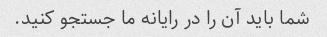
شما باید آن را در رایانه ما جستجو کنید.